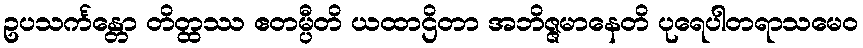
ဥပသင်္ကန္တော တိတ္ထဿ ဧတမ္ပီတိ ယထာဌိတာ အဘိဇ္ဇမာနေတိ ပုရေပါတရာသမေဝ